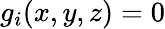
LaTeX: g_{i}(x,y,z)=0